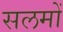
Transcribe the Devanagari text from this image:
सलमों